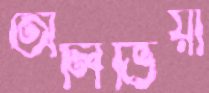
অলিভিয়া